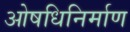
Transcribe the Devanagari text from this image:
ओषधिनिर्माण